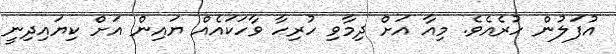
އުފަލުން ހުރެއެވެ. މިއާ އަށް ދިމާވި ހުރިހާ ވާހަކައެއް ޔައިން އަށް ކިޔައިދިނީ